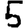
Digit: 5